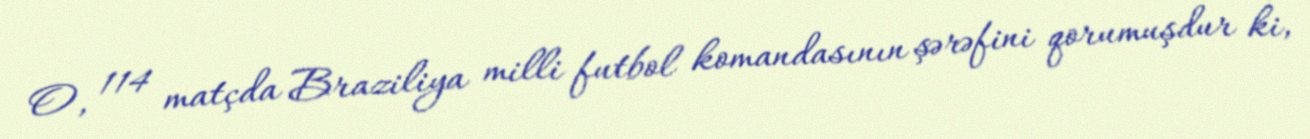
O, 114 matçda Braziliya milli futbol komandasının şərəfini qorumuşdur ki,